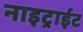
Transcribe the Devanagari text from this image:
नाइट्राईट